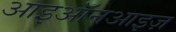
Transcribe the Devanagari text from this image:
आइऑनआइज़